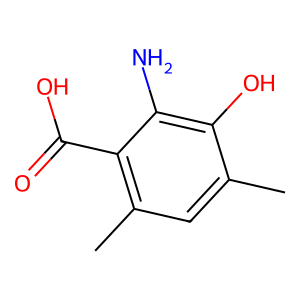
SMILES: Cc1cc(C)c(C(=O)O)c(N)c1O
Inhibits HIV replication: No